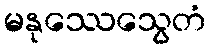
မနုဿေသွေတံ